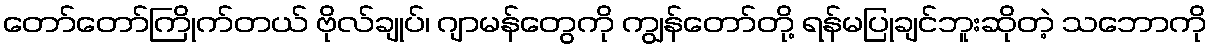
တော်တော်ကြိုက်တယ် ဗိုလ်ချုပ်၊ ဂျာမန်တွေကို ကျွန်တော်တို့ ရန်မပြုချင်ဘူးဆိုတဲ့ သဘောကို